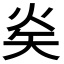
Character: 𭿿